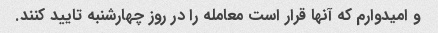
و امیدوارم که آنها قرار است معامله را در روز چهارشنبه تایید کنند.